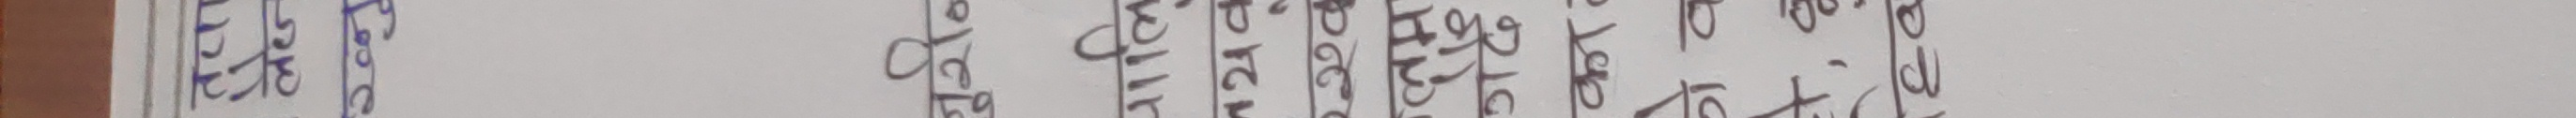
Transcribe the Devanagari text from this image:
नाम घर अथवा राजेन्द्र ९८४९५९२१०१६ सरिता सुनीता खुशी नेपाली इन्डिया अमेरिका कम्प्युटर भने होइन